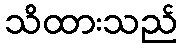
သိထားသည်